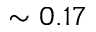
\sim 0 . 1 7